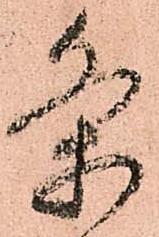
条